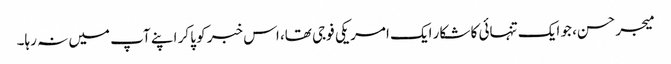
میجر حسن، جو ایک تنہائی کا شکار ایک امریکی فوجی تھا، اس خبر کو پا کر اپنے آپ میں نہ رہا۔